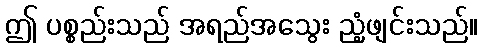
ဤ ပစ္စည်းသည် အရည်အသွေး ညံ့ဖျင်းသည်။